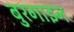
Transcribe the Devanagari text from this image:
बुरगाइन